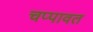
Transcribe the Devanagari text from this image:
चप्पावत